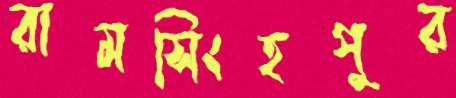
রামসিংহপুর